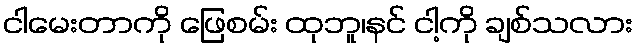
ငါမေးတာကို ဖြေစမ်း ထုဘူ၊နင် ငါ့ကို ချစ်သလား